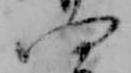
四